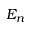
E _ { n }